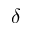
\delta